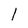
Character: l